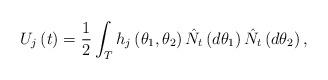
LaTeX: \begin{align*}U_{j}\left( t\right) =\frac{1}{2}\int_{T} h_{j} \left( \theta _{1},\theta_{2}\right) \hat{N_{t}}\left( d\theta _{1}\right) \hat{N_{t}}\left( d\theta _{2}\right),\end{align*}